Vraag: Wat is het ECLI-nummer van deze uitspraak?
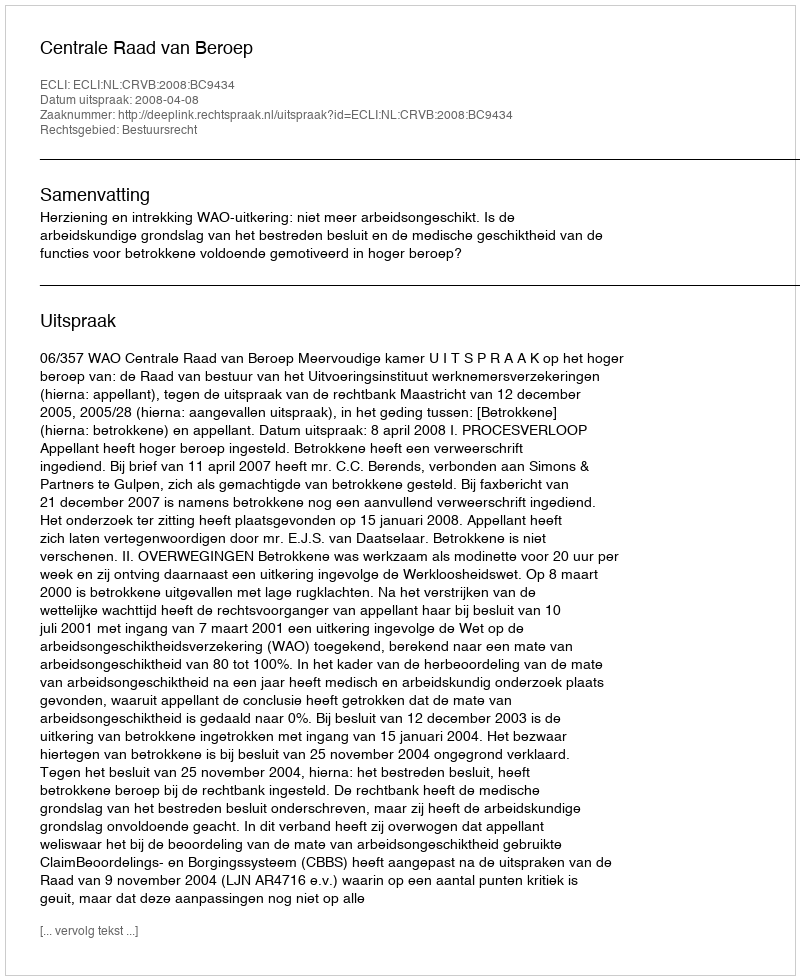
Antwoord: ECLI:NL:CRVB:2008:BC9434